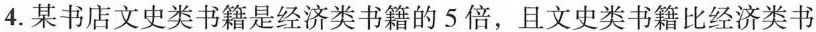
4.某书店文史类书籍是经济类书籍的5倍，且文史类书籍比经济类书